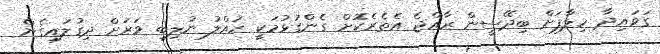
ގަވައިދާ ހިލާަފަށް ބިދޭސީން ރާއްޖެ އެތެރެކޮށް ގެންގުޅުމަކީ ހައްލު ނުލިބި ވަރަށް ދިގުލައިގެން